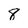
Character: 8